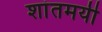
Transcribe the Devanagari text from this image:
शांतमयी